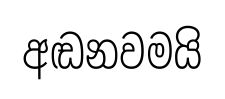
අඬනවමයි